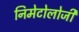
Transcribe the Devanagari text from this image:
निमेटोलोजी